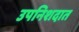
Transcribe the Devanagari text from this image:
उपनिशदात